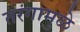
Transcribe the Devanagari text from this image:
तरंगामुळे